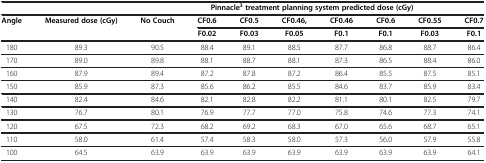
<table><thead><tr><td colspan="2"><b> </b></td><td colspan="8"><b>Pinnacle<sup>3</sup>treatment planning system predicted dose (cGy)</b></td></tr></thead><tbody><tr><td><b>Angle</b></td><td><b>Measured dose (cGy)</b></td><td><b>No Couch</b></td><td><b>CF0.6</b></td><td><b>CF0.5</b></td><td><b>CF0.46,</b></td><td><b>CF0.46</b></td><td><b>CF0.6</b></td><td><b>CF0.55</b></td><td><b>CF0.7</b></td></tr><tr><td> </td><td> </td><td> </td><td><b>F0.02</b></td><td><b>F0.03</b></td><td><b>F0.05</b></td><td><b>F0.1</b></td><td><b>F0.1</b></td><td><b>F0.03</b></td><td><b>F0.1</b></td></tr><tr><td>180</td><td>89.3</td><td>90.5</td><td>88.4</td><td>89.1</td><td>88.5</td><td>87.7</td><td>86.8</td><td>88.7</td><td>86.4</td></tr><tr><td>170</td><td>89.0</td><td>89.8</td><td>88.1</td><td>88.7</td><td>88.1</td><td>87.3</td><td>86.5</td><td>88.4</td><td>86.0</td></tr><tr><td>160</td><td>87.9</td><td>89.4</td><td>87.2</td><td>87.8</td><td>87.2</td><td>86.4</td><td>85.5</td><td>87.5</td><td>85.1</td></tr><tr><td>150</td><td>85.9</td><td>87.3</td><td>85.6</td><td>86.2</td><td>85.5</td><td>84.6</td><td>83.7</td><td>85.9</td><td>83.4</td></tr><tr><td>140</td><td>82.4</td><td>84.6</td><td>82.1</td><td>82.8</td><td>82.2</td><td>81.1</td><td>80.1</td><td>82.5</td><td>79.7</td></tr><tr><td>130</td><td>76.7</td><td>80.1</td><td>76.9</td><td>77.7</td><td>77.0</td><td>75.8</td><td>74.6</td><td>77.3</td><td>74.1</td></tr><tr><td>120</td><td>67.5</td><td>72.3</td><td>68.2</td><td>69.2</td><td>68.3</td><td>67.0</td><td>65.6</td><td>68.7</td><td>65.1</td></tr><tr><td>110</td><td>58.0</td><td>61.4</td><td>57.4</td><td>58.3</td><td>58.0</td><td>57.3</td><td>56.0</td><td>57.9</td><td>55.8</td></tr><tr><td>100</td><td>64.5</td><td>63.9</td><td>63.9</td><td>63.9</td><td>63.9</td><td>63.9</td><td>63.9</td><td>63.9</td><td>64.1</td></tr></tbody></table>